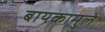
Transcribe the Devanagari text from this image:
बायकामुले